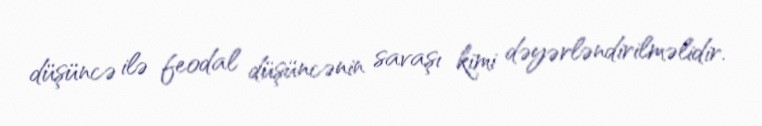
düşüncə ilə feodal düşüncənin savaşı kimi dəyərləndirilməlidir.